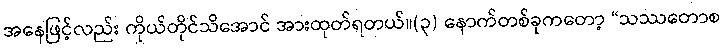
အနေဖြင့်လည်း ကိုယ်တိုင်သိအောင် အားထုတ်ရတယ်။(၃) နောက်တစ်ခုကတော့ “သဿတောစ